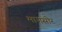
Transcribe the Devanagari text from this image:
मागसोर